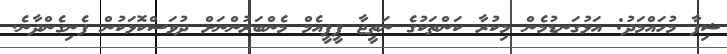
ޝިފާ މުހައްމަދު: އަޅުގަނޑުމެން މިކުރާ ކަންތަކުގެ ނަތީޖާ ޕީޕީއެމް މެންބަރުންނަށް ދުވަސްކޮޅަކުން ފެނިގެންދާނެ.